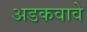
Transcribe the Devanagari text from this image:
अडकवावे